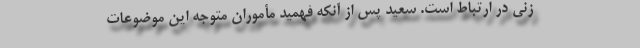
زنی در ارتباط است. سعید پس‌ از آنکه فهمید مأموران متوجه این موضوعات